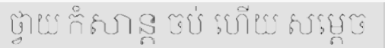
ថ្វាយ កំសាន្ត ចប់ ហើយ សម្តេច